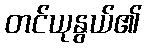
တင်ယုနွယ်၏